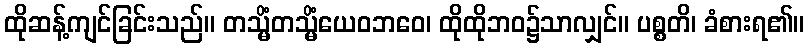
ထိုဆန့်ကျင်ခြင်းသည်။ တသ္မိံတသ္မိံယေဝဘဝေ၊ ထိုထိုဘဝ၌သာလျှင်။ ပစ္စတိ၊ ခံစားရ၏။